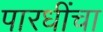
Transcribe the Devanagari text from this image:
पारधींचा